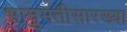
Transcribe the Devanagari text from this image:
भानुमतीसारख्या